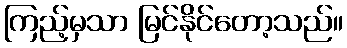
ကြည့်မှသာ မြင်နိုင်တော့သည်။